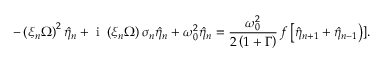
- \left( \xi _ { n } \Omega \right) ^ { 2 } \hat { \eta } _ { n } + \mathrm { ~ i ~ } \left( \xi _ { n } \Omega \right) \sigma _ { n } \hat { \eta } _ { n } + \omega _ { 0 } ^ { 2 } \hat { \eta } _ { n } = \frac { \omega _ { 0 } ^ { 2 } } { 2 \left( 1 + \Gamma \right) } \, f \left[ \hat { \eta } _ { n + 1 } + \hat { \eta } _ { n - 1 } \right) ] .